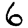
Digit: 6